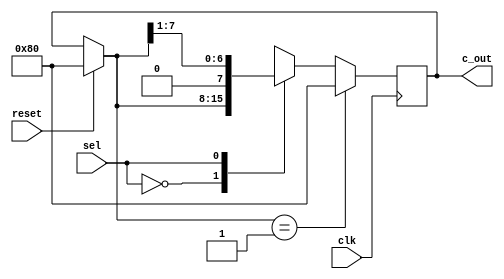
module shifter_8bit(clk,reset,c_out,sel);
	input clk;
	input reset; 
	input sel;	
	
	output reg [7:0] c_out;

	initial begin
	c_out = 8'b1000000;
	end
	always@(posedge clk)begin
		if(reset == 1'b1) c_out = 8'b10000000;
		if(c_out == 8'b00000001) c_out = 8'b10000000;
		else begin
			case(sel)	
				0:c_out = c_out;	
				1:c_out = {1'b0,c_out[7:1]}; //sel == 010 srl (Shift Right Logical) 
				default: c_out = c_out;
			endcase
		end
	end
endmodule